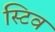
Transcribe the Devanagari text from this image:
स्टिव